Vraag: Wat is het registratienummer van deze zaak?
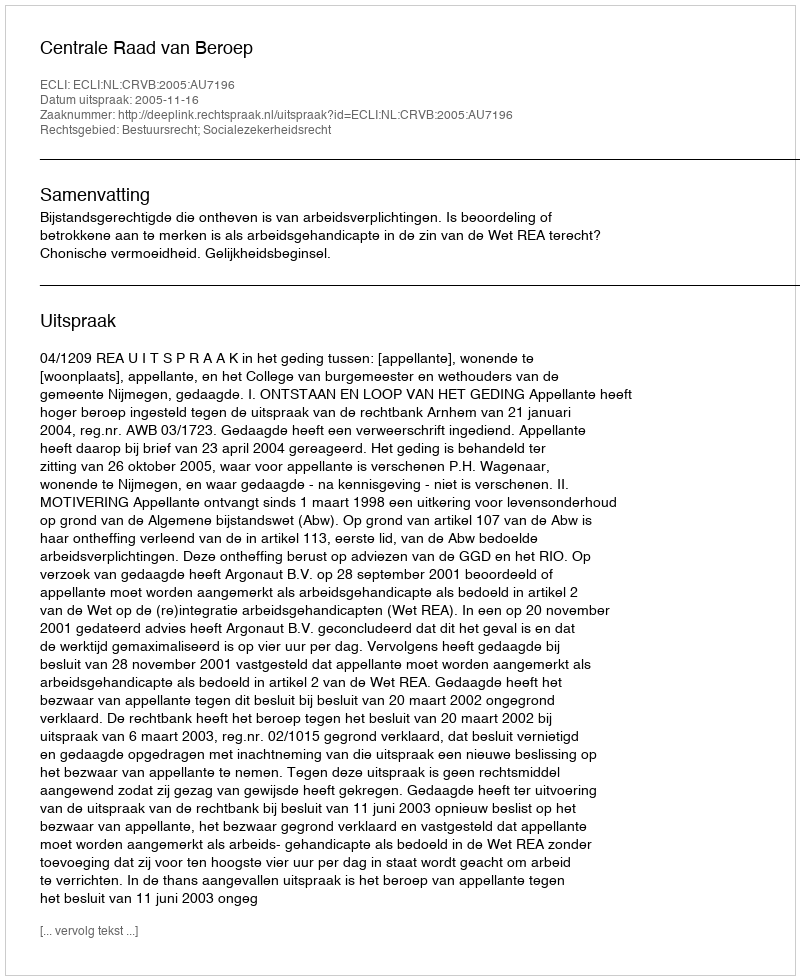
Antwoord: http://deeplink.rechtspraak.nl/uitspraak?id=ECLI:NL:CRVB:2005:AU7196